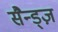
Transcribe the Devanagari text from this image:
सैन्ड्ज़